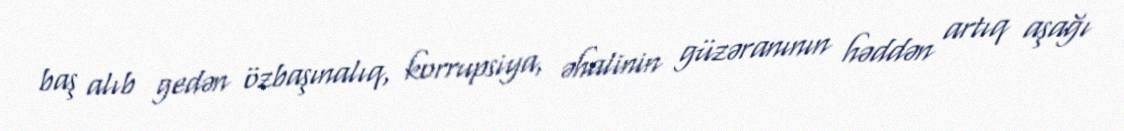
baş alıb gedən özbaşınalıq, korrupsiya, əhalinin güzəranının həddən artıq aşağı